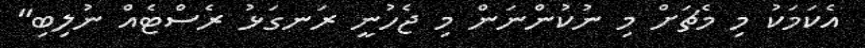
އެކަމަކު މި މެޗަށް މި ނުކުންނަން މި ޖެހުނީ ރަނގަޅު ރެސްޓެއް ނުލިބި"